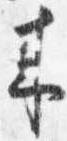
来